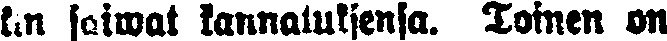
kin soiwat kannatuksensa. Toinen on